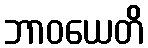
ဘာဝယေတိ